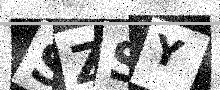
Text: SZSY